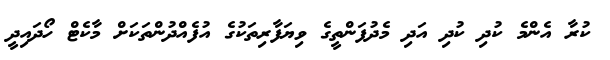
ކުރާ އެންމެ ކުދި ކުދި އަދި މެދުފަންތީގެ ވިޔަފާރިތަކުގެ އުފެއްދުންތަކަށް މާކެޓް ހޯދައިދީ